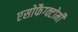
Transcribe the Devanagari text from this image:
एसोफैग्क्टोमी